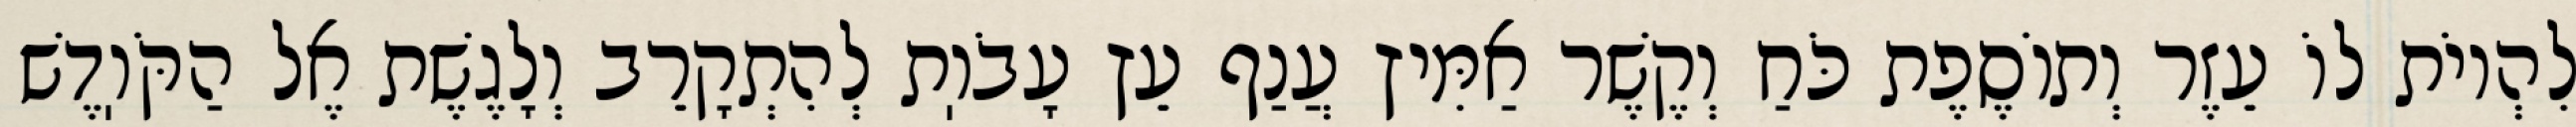
לִהְיוֹת לוֹ עֵזֶר וְתוֹסֶפֶת כֹּחַ וְקֶשֶׁר אַמִּיץ עֲנַף עֵץ עָבֹוֽת לְהִתְקָרֵב וְלָגֶשֶׁת אֶל הַקֹּוֽדֶשׁ